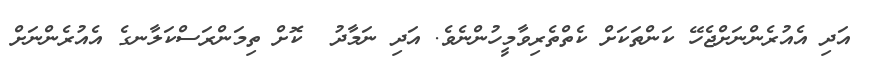
އަދި އެއުރެންނަށްޖެހޭ ކަންތަކަށް ކެތްތެރިވާމީހުންނެވެ. އަދި ނަމާދު  ކޮށް ތިމަންރަސްކަލާނގެ އެއުރެންނަށް